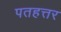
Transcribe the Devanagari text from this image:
पतहत्तर